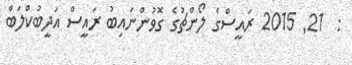
:  21